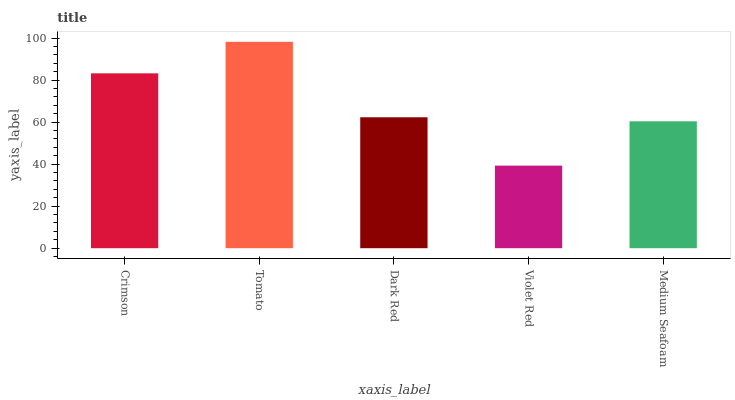
| xaxis_label | bars |
 | --- | --- |
 | Crimson | 83.2 |
 | Tomato | 98.2 |
 | Dark Red | 62.3 |
 | Violet Red | 39.3 |
 | Medium Seafoam | 60.4 |